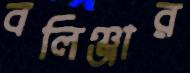
বলিঞ্জার